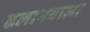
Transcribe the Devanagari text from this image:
ढलानवाला